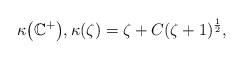
LaTeX: \begin{align*}\kappa\big(\mathbb{C}^{+}\big),\kappa(\zeta)=\zeta+C(\zeta+1)^{\frac{1}{2}},\end{align*}